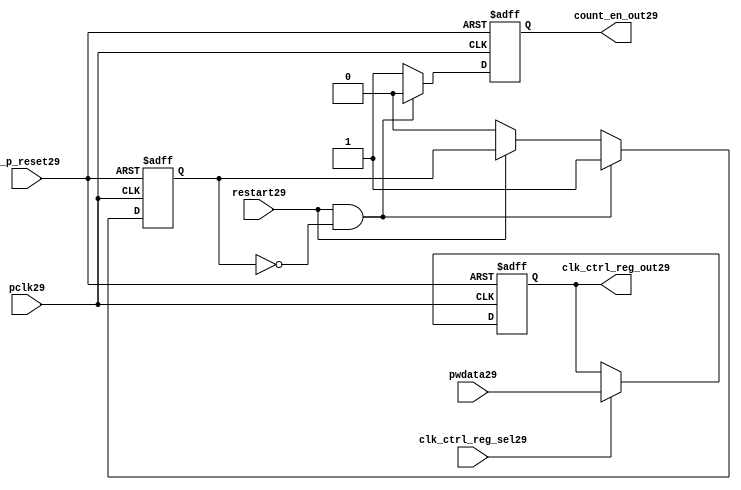
//File29 name   : ttc_count_rst_lite29.v
//Title29       : 
//Created29     : 1999
//Description29 : TTC29 counter reset block
//Notes29       : 
//----------------------------------------------------------------------
//   Copyright29 1999-2010 Cadence29 Design29 Systems29, Inc29.
//   All Rights29 Reserved29 Worldwide29
//
//   Licensed29 under the Apache29 License29, Version29 2.0 (the
//   "License29"); you may not use this file except29 in
//   compliance29 with the License29.  You may obtain29 a copy of
//   the License29 at
//
//       http29://www29.apache29.org29/licenses29/LICENSE29-2.0
//
//   Unless29 required29 by applicable29 law29 or agreed29 to in
//   writing, software29 distributed29 under the License29 is
//   distributed29 on an "AS29 IS29" BASIS29, WITHOUT29 WARRANTIES29 OR29
//   CONDITIONS29 OF29 ANY29 KIND29, either29 express29 or implied29.  See
//   the License29 for the specific29 language29 governing29
//   permissions29 and limitations29 under the License29.
//----------------------------------------------------------------------

module ttc_count_rst_lite29(

  //inputs29
  n_p_reset29,                             
  pclk29, 
  pwdata29,                                                           
  clk_ctrl_reg_sel29,
  restart29,        

  //outputs29
  count_en_out29,
  clk_ctrl_reg_out29

  );


//-----------------------------------------------------------------------------
// PORT DECLARATIONS29
//-----------------------------------------------------------------------------

   // inputs29
   input n_p_reset29;                 // Reset29 signal29
   input pclk29;                    // APB29 System29 clock29
   input [6:0] pwdata29;           // 7-Bit29 pwdata29 from APB29 interface
   input clk_ctrl_reg_sel29;        // Select29 for the clk_ctrl_reg29
   input restart29;                 // Restart29 reset from cntr_ctrl_reg29

   // outputs29
   output count_en_out29;
   output [6:0] clk_ctrl_reg_out29; // Controls29 clock29 selected


//-----------------------------------------------------------------------------
// Internal Signals29 & Registers29
//-----------------------------------------------------------------------------


   
   reg [6:0]    clk_ctrl_reg29;     //7-bit clock29 control29 register.
   
   reg          restart_var29;      //ensures29 prescaler29 reset at start of restart29 
   
   reg          count_en29;         //enable signal29 to counter

   
   wire [6:0]   clk_ctrl_reg_out29; //clock29 control29 output wire
   wire         count_en_out29;     //counter enable output
   
   
//-----------------------------------------------------------------------------
// Logic29 Section29:


//
//    p_clk_ctrl29: Process29 to implement the clk_ctrl_reg29.  
//                When29 select29 line is set then29 the data will be inserted29 to 
//                the clock29 control29 register, otherwise29 it will be equal29 to 
//                the previous value of the register, else it will be zero.
//-----------------------------------------------------------------------------

   assign clk_ctrl_reg_out29  = clk_ctrl_reg29;
   assign count_en_out29      = count_en29;


//    p_ps_counter29: counter for clock29 enable generation29.
   
   always @(posedge pclk29 or negedge n_p_reset29)
   begin: p_ps_counter29
      
      if (!n_p_reset29)
      begin
         restart_var29  <= 1'b0;
         count_en29     <= 1'b0;
      end
      else
      begin
         if (restart29 & ~restart_var29)
         begin
            restart_var29  <= 1'b1;
            count_en29     <= 1'b0;
         end 
         
         else 
           begin
              
              if (~restart29)
                 restart_var29 <= 1'b0;
              else
                 restart_var29 <= restart_var29;
                 
              count_en29     <= 1'b1;        
              
           end
      end // else: !if(!n_p_reset29)      
  
   end  //p_ps_counter29



// p_clk_ctrl29 : Process29 for writing to the clk_ctrl_reg29
   
   always @ (posedge pclk29 or negedge n_p_reset29)
   begin: p_clk_ctrl29
      
      if (!n_p_reset29)
         clk_ctrl_reg29 <= 7'h00;
      else
      begin 

         if (clk_ctrl_reg_sel29)
            clk_ctrl_reg29 <= pwdata29;
         else
            clk_ctrl_reg29 <= clk_ctrl_reg29;

      end 
      
   end  //p_clk_ctrl29

   
endmodule